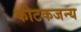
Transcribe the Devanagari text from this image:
कीटकजन्य